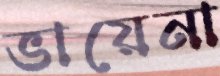
ভায়েনা